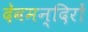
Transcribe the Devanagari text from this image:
देवमन्दिरों